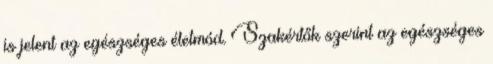
is jelent az egészséges életmód. Szakértők szerint az egészséges